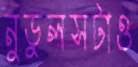
নুডুলসটাও